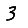
Digit: 3